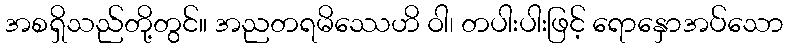
အစရှိသည်တို့တွင်။ အညတရမိဿေဟိ ဝါ၊ တပါးပါးဖြင့် ရောနှောအပ်သော